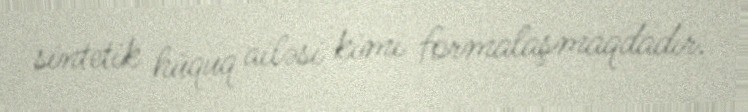
sintetik hüquq ailəsi kimi formalaşmaqdadır.